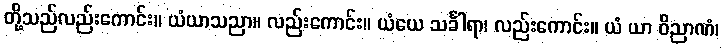
တို့သည်လည်းကောင်း။ ယံယာသညာ။ လည်းကောင်း။ ယံယေ သင်္ခါရာ၊ လည်းကောင်း။ ယံ ယာ ဝိညာဏံ၊